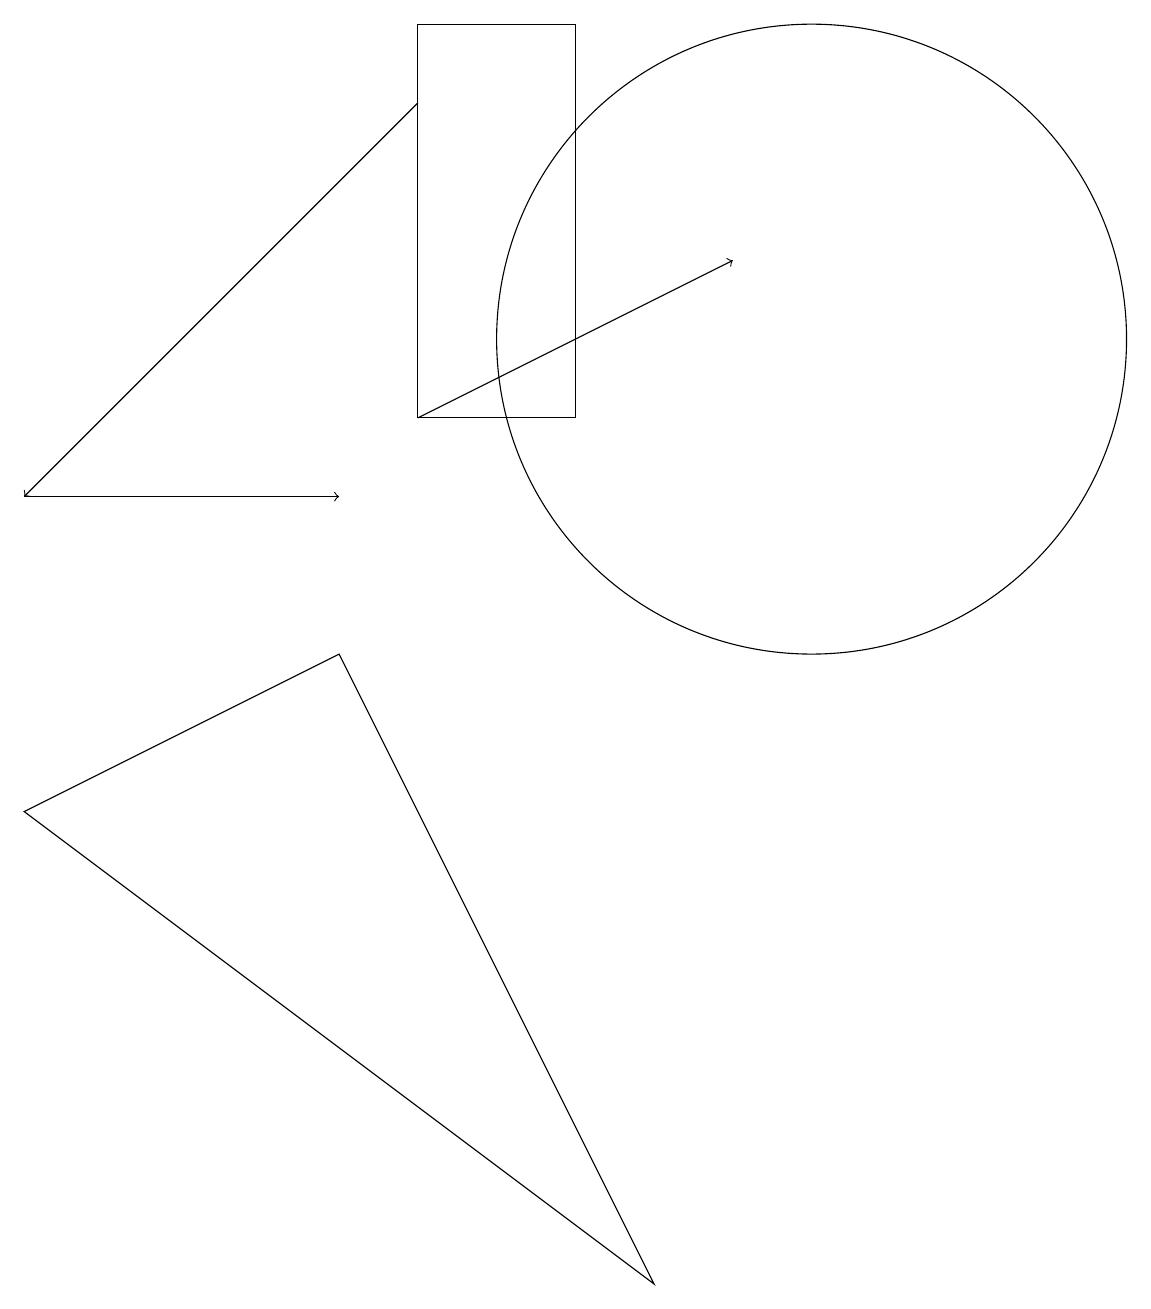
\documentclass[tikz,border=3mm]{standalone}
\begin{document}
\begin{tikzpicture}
\draw (4,8) -- (0,6) -- (8,0) -- cycle;
\draw[->] (5,11) -- (9,13);
\draw[->] (0,10) -- (4,10);
\draw[->] (5,15) -- (0,10);
\draw (10,12) circle (4);
\draw (5,16) rectangle (7,11);
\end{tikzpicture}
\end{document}